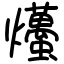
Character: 爡